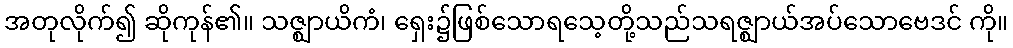
အတုလိုက်၍ ဆိုကုန်၏။ သဇ္ဈာယိကံ၊ ရှေး၌ဖြစ်သောရသေ့တို့သည်သရဇ္ဈာယ်အပ်သောဗေဒင် ကို။